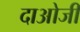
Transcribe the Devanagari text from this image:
दाओजी